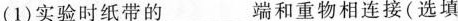
(1)实验时纸带的_____端和重物相连接(选填